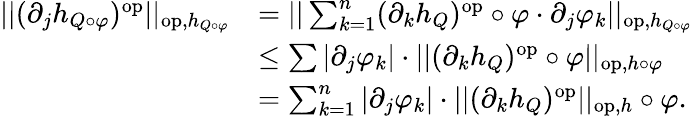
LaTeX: \begin{array}{rl}{||(\partial_{j}h_{Q\circ\varphi})^{\mathrm{op}}||_{\mathrm{op},h_{Q\circ\varphi}}}&{=||\sum_{k=1}^{n}(\partial_{k}h_{Q})^{\mathrm{op}}\circ\varphi\cdot\partial_{j}\varphi_{k}||_{\mathrm{op},h_{Q\circ\varphi}}}\\ &{\leq\sum|\partial_{j}\varphi_{k}|\cdot||(\partial_{k}h_{Q})^{\mathrm{op}}\circ\varphi||_{\mathrm{op},h\circ\varphi}}\\ &{=\sum_{k=1}^{n}|\partial_{j}\varphi_{k}|\cdot||(\partial_{k}h_{Q})^{\mathrm{op}}||_{\mathrm{op},h}\circ\varphi.}\end{array}